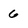
Character: 6